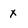
Character: x